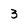
Character: 3